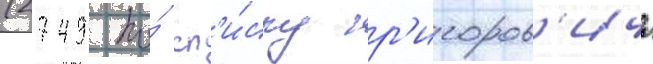
(2749 по́ сп'и́ску гр'игоров'ича